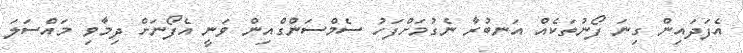
އެފަދައިން ގިނަ ފޯނުތަކެއް އަނބުރާ ނެގުމަށްފަހު ސެމްސަންގްއިން ވަނީ އެފޯނަށް ދިމާވި މައްސަލަ